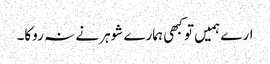
ارے ہمیں تو کبھی ہمارے شوہر نے نہ روکا۔